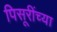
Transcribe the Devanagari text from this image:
पिसूरींच्या